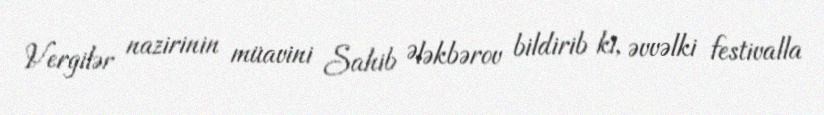
Vergilər nazirinin müavini Sahib Ələkbərov bildirib ki, əvvəlki festivalla